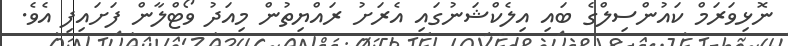
ނޮޅިވަރަމް ކައުންސިލްގެ ބައި އިލެކްޝަނުގައި އެރަށު ރައްޔިތުން މިއަދު ވޯޓްލާން ފަށައިފި އެވެ.